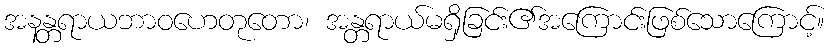
အနန္တရာယဘာဝဟေတုတော၊ အန္တရာယ်မရှိခြင်း၏အကြောင်းဖြစ်သောကြောင့်။